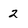
Character: 2